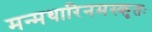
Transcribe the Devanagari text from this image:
मन्मथारिनमस्कृतः